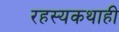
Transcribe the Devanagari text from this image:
रहस्यकथाही